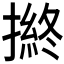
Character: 𢴋